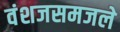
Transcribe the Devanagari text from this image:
वंशजसमजले